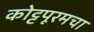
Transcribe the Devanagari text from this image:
कोट्टपूरमचा